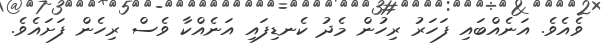
ވެއެވެ. އަނެއްބައި ފަހަރު ރިހުން މެދު ކެނޑިފައި އަނެއްކާ ވެސް ރިހެން ފަށައެވެ.